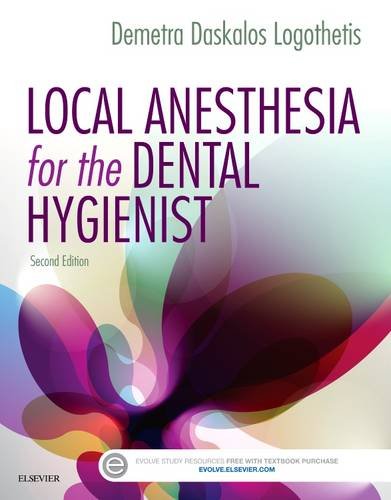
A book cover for Local Anesthesia for the Dental Hygienist, 2e; Demetra D. Logothetis RDH  MS; Medical Books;